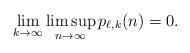
LaTeX: \begin{align*} \lim_{k\to\infty}\limsup_{n\to\infty}p_{\ell,k}(n)=0. \end{align*}